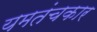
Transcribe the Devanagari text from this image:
यमतंचकार